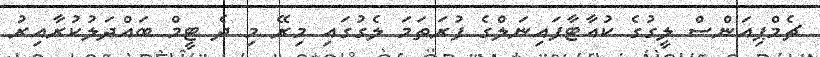
ޗެމްޕިއަންސް ލީގުގެ ކުއާޓާފައިނަލްގެ ފުރަތަމަ ލެގުގައި މިރޭ މި ދެ ޓީމް ބައްދަލުކުރާއިރު